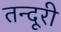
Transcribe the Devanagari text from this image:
तन्दूरी